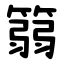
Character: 篛